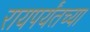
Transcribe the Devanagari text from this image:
रायपर्यंतच्या